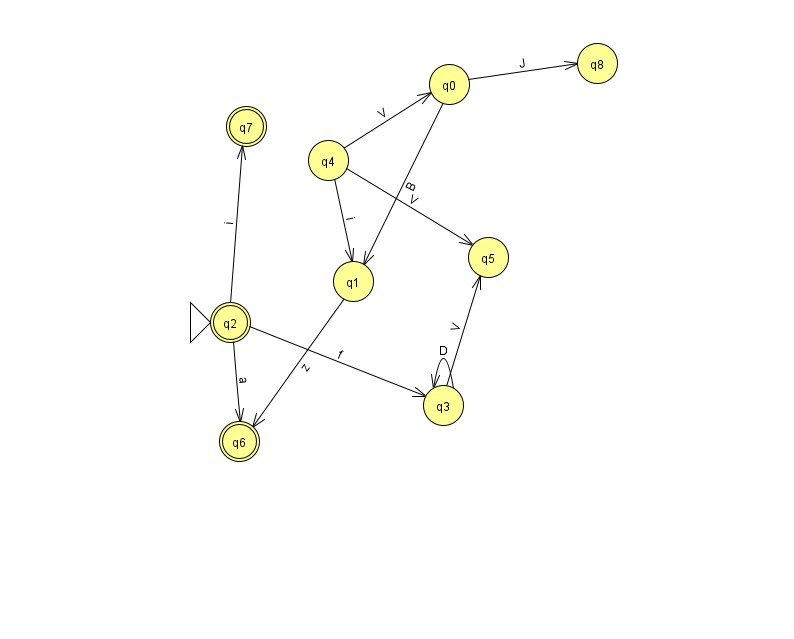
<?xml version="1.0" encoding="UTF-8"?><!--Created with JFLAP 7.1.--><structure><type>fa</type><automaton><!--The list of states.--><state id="0" name="q0"><x>449.0</x><y>71.0</y></state><state id="1" name="q1"><x>353.0</x><y>268.0</y></state><state id="2" name="q2"><x>230.0</x><y>309.0</y><initial/><final/></state><state id="3" name="q3"><x>443.0</x><y>392.0</y></state><state id="4" name="q4"><x>328.0</x><y>147.0</y></state><state id="5" name="q5"><x>488.0</x><y>244.0</y></state><state id="6" name="q6"><x>239.0</x><y>428.0</y><final/></state><state id="7" name="q7"><x>246.0</x><y>113.0</y><final/></state><state id="8" name="q8"><x>597.0</x><y>50.0</y></state><!--The list of transitions.--><transition><from>4</from><to>0</to><read>V</read></transition><transition><from>0</from><to>1</to><read>B</read></transition><transition><from>3</from><to>3</to><read>D</read></transition><transition><from>3</from><to>5</to><read>V</read></transition><transition><from>2</from><to>7</to><read>i</read></transition><transition><from>2</from><to>3</to><read>f</read></transition><transition><from>4</from><to>1</to><read>i</read></transition><transition><from>1</from><to>6</to><read>z</read></transition><transition><from>2</from><to>6</to><read>a</read></transition><transition><from>0</from><to>8</to><read>J</read></transition><transition><from>4</from><to>5</to><read>V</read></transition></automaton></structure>